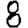
Digit: 8